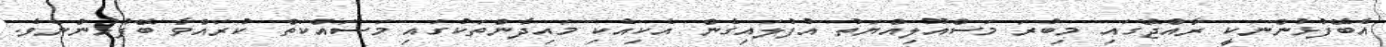
އެބޭފުޅުންނަކީ ރާއްޖޭގައި މިބުރަ މަސްއޫލިއްޔަތު އުފުލައިގެން އެކިއެކި މައިދާންތަކުގައި މަސައްކަތް ކުރައްވާ ބޭފުޅުންނެވެ.